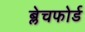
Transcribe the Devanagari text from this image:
ब्लेचफोर्ड